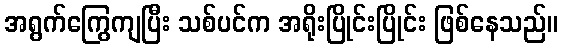
အရွက်ကြွေကျပြီး သစ်ပင်က အရိုးပြိုင်းပြိုင်း ဖြစ်နေသည်။